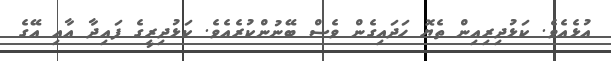
އުޅެއެވެ. ކަޅުދިރިއިން ތެޔޮ ހަދައިގެން ވެސް ބޭނުންކުރެއެވެ. ކަޅުދިރީގެ ފައިދާ އާއި އޭގެ